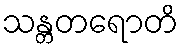
သန္တတရောတိ